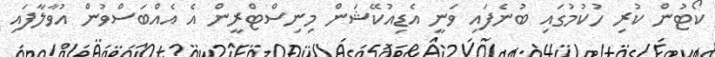
ކޯޓުން ކުރި ހުކުމުގައި ބުނެފައި ވަނީ އެޑިއުކޭޝަން މިނިސްޓްރީން އެ އެއްބަސްވުން އުވާލާފައި